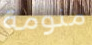
منومة